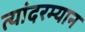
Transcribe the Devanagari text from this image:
त्यांदरम्यान